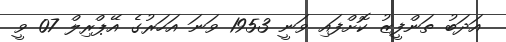
އަދަބު ތަންފީޒު ކޮށްފައި ވަނީ 1953 ވަނަ އަހަރުގެ އޭޕްރިލް 07 ވީ